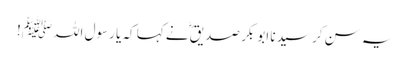
یہ سن کر سیدنا ابو بکر صدیقؓ نے کہا کہ یا رسول اللہﷺ!